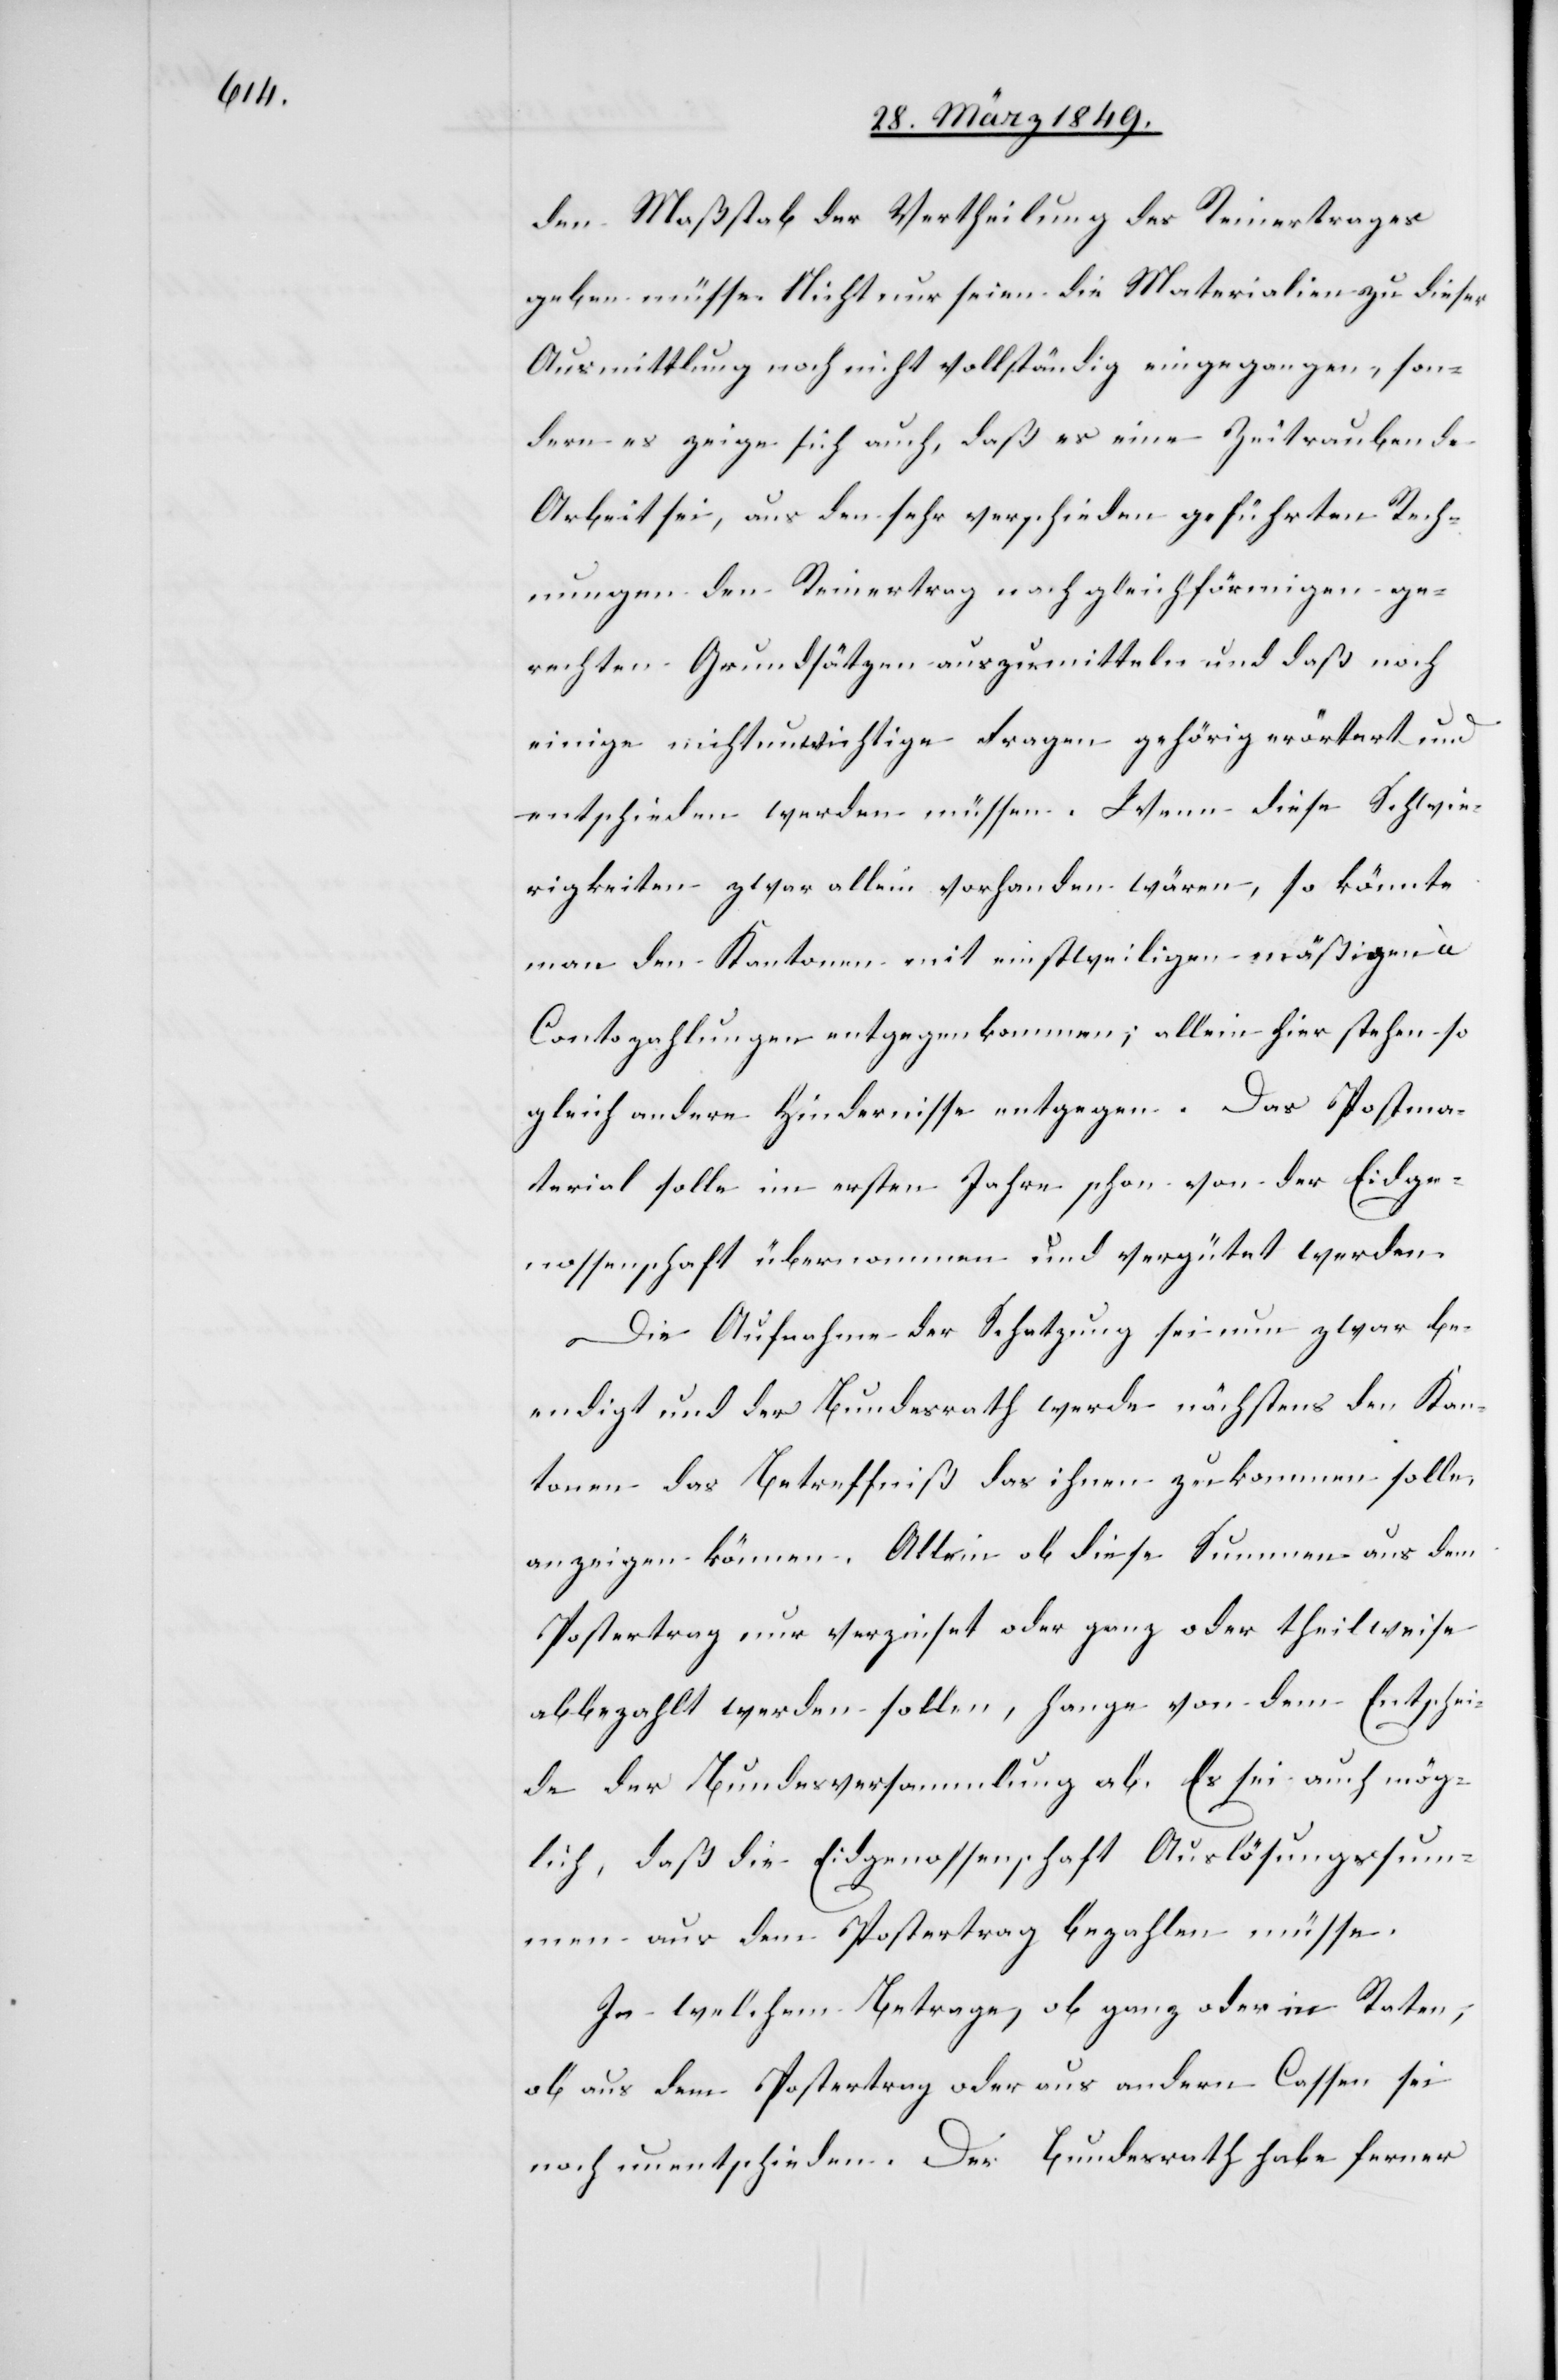
den Maßstab der Vertheilung des Reinertrages
geben müsse. Nicht nur seien die Materialien zu dieser
Ausmittlung noch nicht vollständig eingegangen, son¬
dern es zeige sich auch, daß es eine Zeit raubende
Arbeit sei, aus den sehr verschieden geführten Rech¬
nungen den Reinertrag nach gleichförmigen ge¬
rechten Grundsätzen auszumitteln und daß noch
einige nicht unwichtige Fragen gehörig erörtert und
entschieden werden müssen. Wenn diese Schwie¬
rigkeiten zwar allein vorhanden wären, so könnte
man den Kantonen mit einstweiligen mäßigen à
Contozahlungen entgegenkommen; allein hier stehen so
gleich andere Hindernisse entgegen. Das Postma¬
terial solle im ersten Jahre schon von der Eidge¬
nossenschaft übernommen und vergütet werden.
Die Aufnahme der Schatzung sei nun zwar be¬
endigt und der Bundesrath werde nächstens den Kan¬
tonen das Betreffniß das ihnen zukommen solle,
anzeigen können. Allein ob diese Summen aus dem
Postertrag nur verzinset oder ganz oder theilweise
abbezahlt werden sollen, hange von dem Entschei¬
de der Bundesversammlung ab. Es sei auch mög¬
lich, daß die Eidgenossenschaft Auslösungssum¬
men aus dem Postertrag bezahlen müsse.
In welchem Betrage, ob ganz oder in Raten,
ob aus dem Postertrag oder aus andern Cassen sei
noch unentschieden. Der Bundesrath habe ferner